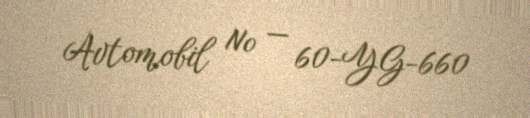
Avtomobil № — 60-YG-660